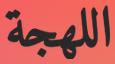
اللھجة